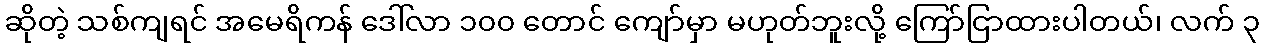
ဆိုတဲ့ သစ်ကျရင် အမေရိကန် ဒေါ်လာ ၁၀၀ တောင် ကျော်မှာ မဟုတ်ဘူးလို့ ကြော်ငြာထားပါတယ်၊ လက် ၃